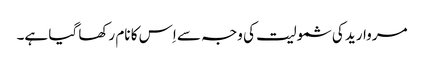
مروارید کی شمولیت کی وجہ سے اِس کا نام رکھا گیا ہے۔